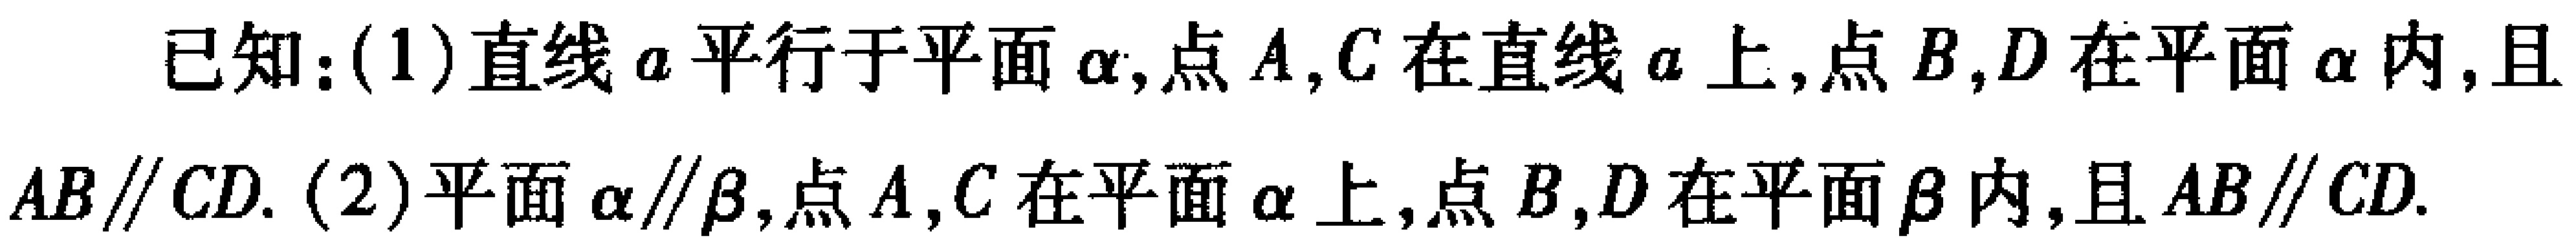
已知：(1)直线\(a\)平行于平面\(\alpha\)，点\(A,C\)在直线\(a\)上，点\(B,D\)在平面\(\alpha\)内，且\(AB\parallel CD\)。(2)平面\(\alpha\parallel\beta\)，点\(A,C\)在平面\(\alpha\)上，点\(B,D\)在平面\(\beta\)内，且\(AB\parallel CD\)。